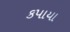
કપાયા